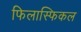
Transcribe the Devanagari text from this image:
फिलास्फिकल